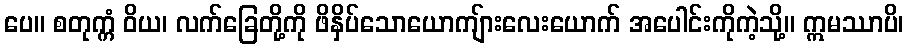
ပေ။ စတုက္ကံ ဝိယ၊ လက်ခြေတို့ကို ဖိနှိပ်သောယောကျ်ားလေးယောက် အပေါင်းကိုကဲ့သို့။ ဣမဿာပိ၊